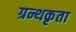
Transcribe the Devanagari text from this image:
ग्रन्थकृता